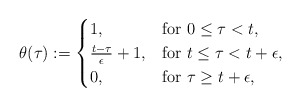
\begin{align*}\theta(\tau) := \begin{cases}1, &\hbox{for}\ 0\leq \tau < t, \\\frac{t-\tau}{\epsilon} + 1, &\hbox{for}\ t\leq \tau < t+\epsilon , \\0, &\hbox{for}\ \tau \geq t+\epsilon ,\end{cases}\end{align*}